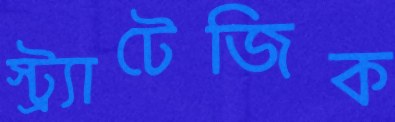
স্ট্র্যাটেজিক